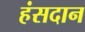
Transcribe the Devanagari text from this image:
हंसदान